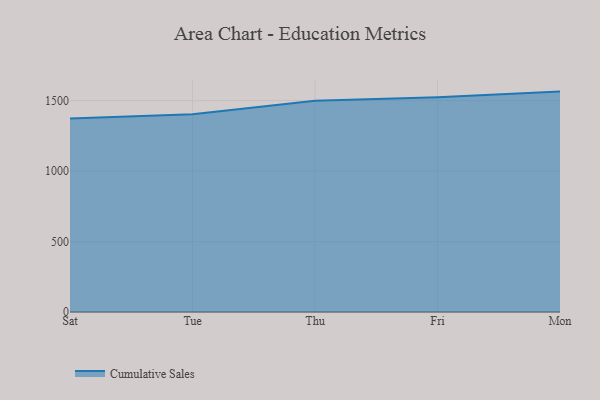
{"axis": {"x": "Day", "y": "Churn Rate (%)"}, "legend": ["Cumulative Sales"], "data": [{"x": "Sat", "y": 1373.2, "type": "Cumulative Sales"}, {"x": "Tue", "y": 1402.9, "type": "Cumulative Sales"}, {"x": "Thu", "y": 1499.3, "type": "Cumulative Sales"}, {"x": "Fri", "y": 1523.0, "type": "Cumulative Sales"}, {"x": "Mon", "y": 1563.6, "type": "Cumulative Sales"}]}